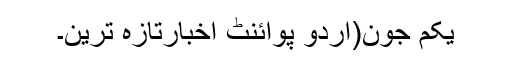
یکم جون(اُردو پوائنٹ اخبارتازہ ترین۔